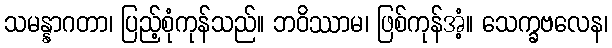
သမန္နာဂတာ၊ ပြည့်စုံကုန်သည်။ ဘဝိဿာမ၊ ဖြစ်ကုန်အံ့။ သေက္ခဗလေန၊